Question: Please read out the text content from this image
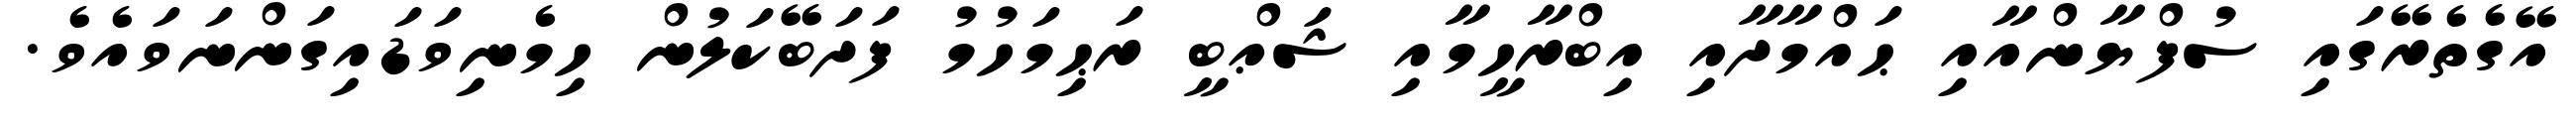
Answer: އޭގެތެރޭގައި ސުފްޔާންއާއި ޙައްމާދާއި އިބްރާހީމާއި ޝަޢްބީ ރަޙިމަހުމު ފަދަބޭކަލުން ހިމެނިވަޑައިގަންނަވައެވެ.